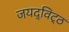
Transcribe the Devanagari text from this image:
जयद्विट्ठ